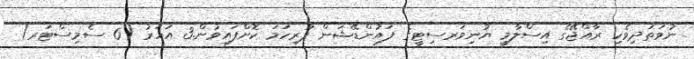
ނުވަތަދިވެހި ރާއްޖޭގެ އިސްލާމީ ޔުނިވަރސިޓީގެ ފައުންޑޭޝަން ފުރިހަމަ ކޮށްފައިވުން.3 އަހަރު (6 ސެމިސްޓަރ)